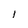
Character: l